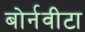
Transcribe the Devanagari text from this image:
बोर्नवीटा